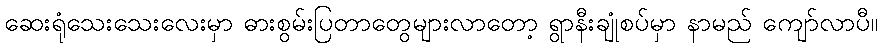
ဆေးရုံသေးသေးလေးမှာ ဓားစွမ်းပြတာတွေများလာတော့ ရွာနီးချုံစပ်မှာ နာမည် ကျော်လာပီ။